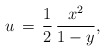
\begin{align*}u\,=\,\frac{1}{2}\,\frac{x^2}{1-y},\end{align*}